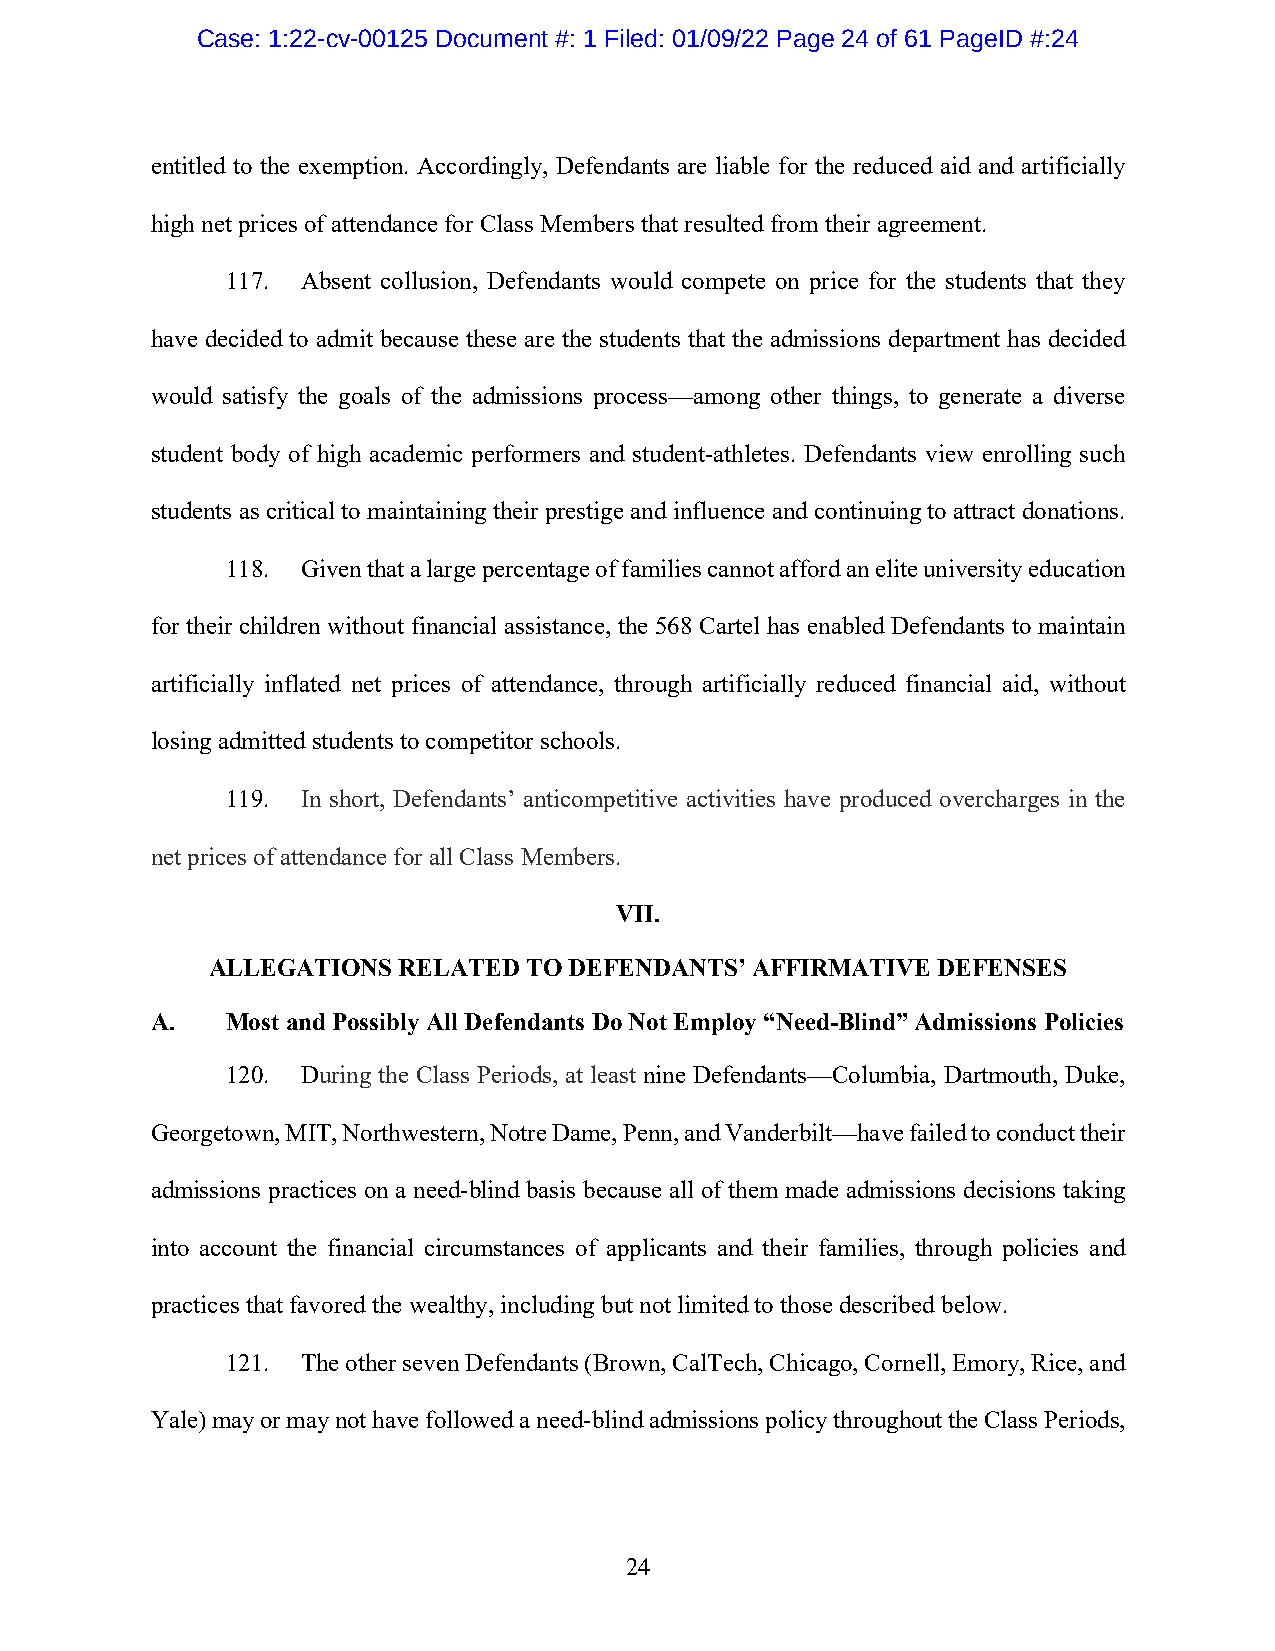
Case: 1:22-cv-00125 Document #: 1 Filed: 01/09/22 Page 24 of 61 PageID #:24
 entitled to the exemption. Accordingly, Defendants are liable for the reduced aid and artificially
 high net prices of attendance for Class Members that resulted from their agreement.
 117. Absent collusion, Defendants would compete on price for the students that they
 have decided to admit because these are the students that the admissions department has decided
 would satisfy the goals of the admissions process—among other things, to generate a diverse
 student body of high academic performers and student-athletes. Defendants view enrolling such
 students as critical to maintaining their prestige and influence and continuing to attract donations.
 118. Given that a large percentage of families cannot afford an elite university education
 for their children without financial assistance, the 568 Cartel has enabled Defendants to maintain
 artificially inflated net prices of attendance, through artificially reduced financial aid, without
 losing admitted students to competitor schools.
 119. In short, Defendants’ anticompetitive activities have produced overcharges in the
 net prices of attendance for all Class Members.
 VII.
 ALLEGATIONS RELATED  TO DEFENDANTS’ AFFIRMATIVE DEFENSES
 A.   Most and Possibly All Defendants Do Not Employ “Need-Blind” Admissions Policies
 120. During the Class Periods, at least nine Defendants—Columbia, Dartmouth, Duke,
 Georgetown, MIT, Northwestern, Notre Dame, Penn, and Vanderbilt—have failed to conduct their
 admissions practices on a need-blind basis because all of them made admissions decisions taking
 into account the financial circumstances of applicants and their families, through policies and
 practices that favored the wealthy, including but not limited to those described below.
 121. The other seven Defendants (Brown, CalTech, Chicago, Cornell, Emory, Rice, and
 Yale) may or may not have followed a need-blind admissions policy throughout the Class Periods,
 24